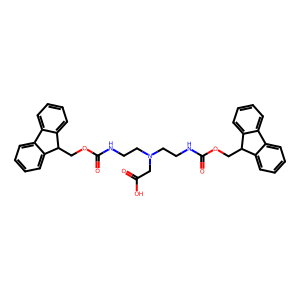
SMILES: O=C(O)CN(CCNC(=O)OCC1c2ccccc2-c2ccccc21)CCNC(=O)OCC1c2ccccc2-c2ccccc21
Inhibits HIV replication: No